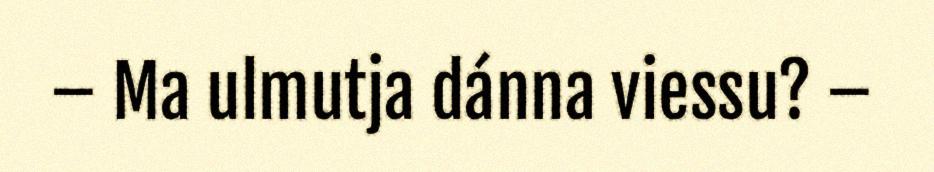
– Ma ulmutja dánna viessu? –